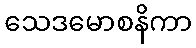
သေဒမောစနိကာ